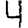
Digit: 4